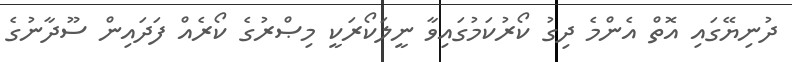
ދުނިޔޭގައި އޮތް އެންމެ ދިގު ކޯރުކަމުގައިވާ ނީލަކޯރަކީ މިޞްރުގެ ކޯރެއް ފަދައިން ސޫދާނުގެ